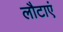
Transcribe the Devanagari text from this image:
लौटाएं